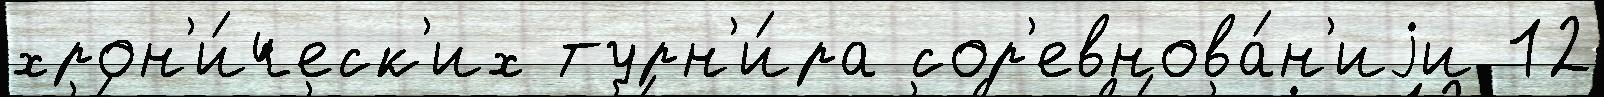
хрон'и́ческ'их турн'и́ра сор'евнова́н'иjи 12